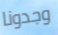
وجدونا